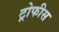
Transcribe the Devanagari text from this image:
ट्रोफीस